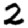
Digit: 2